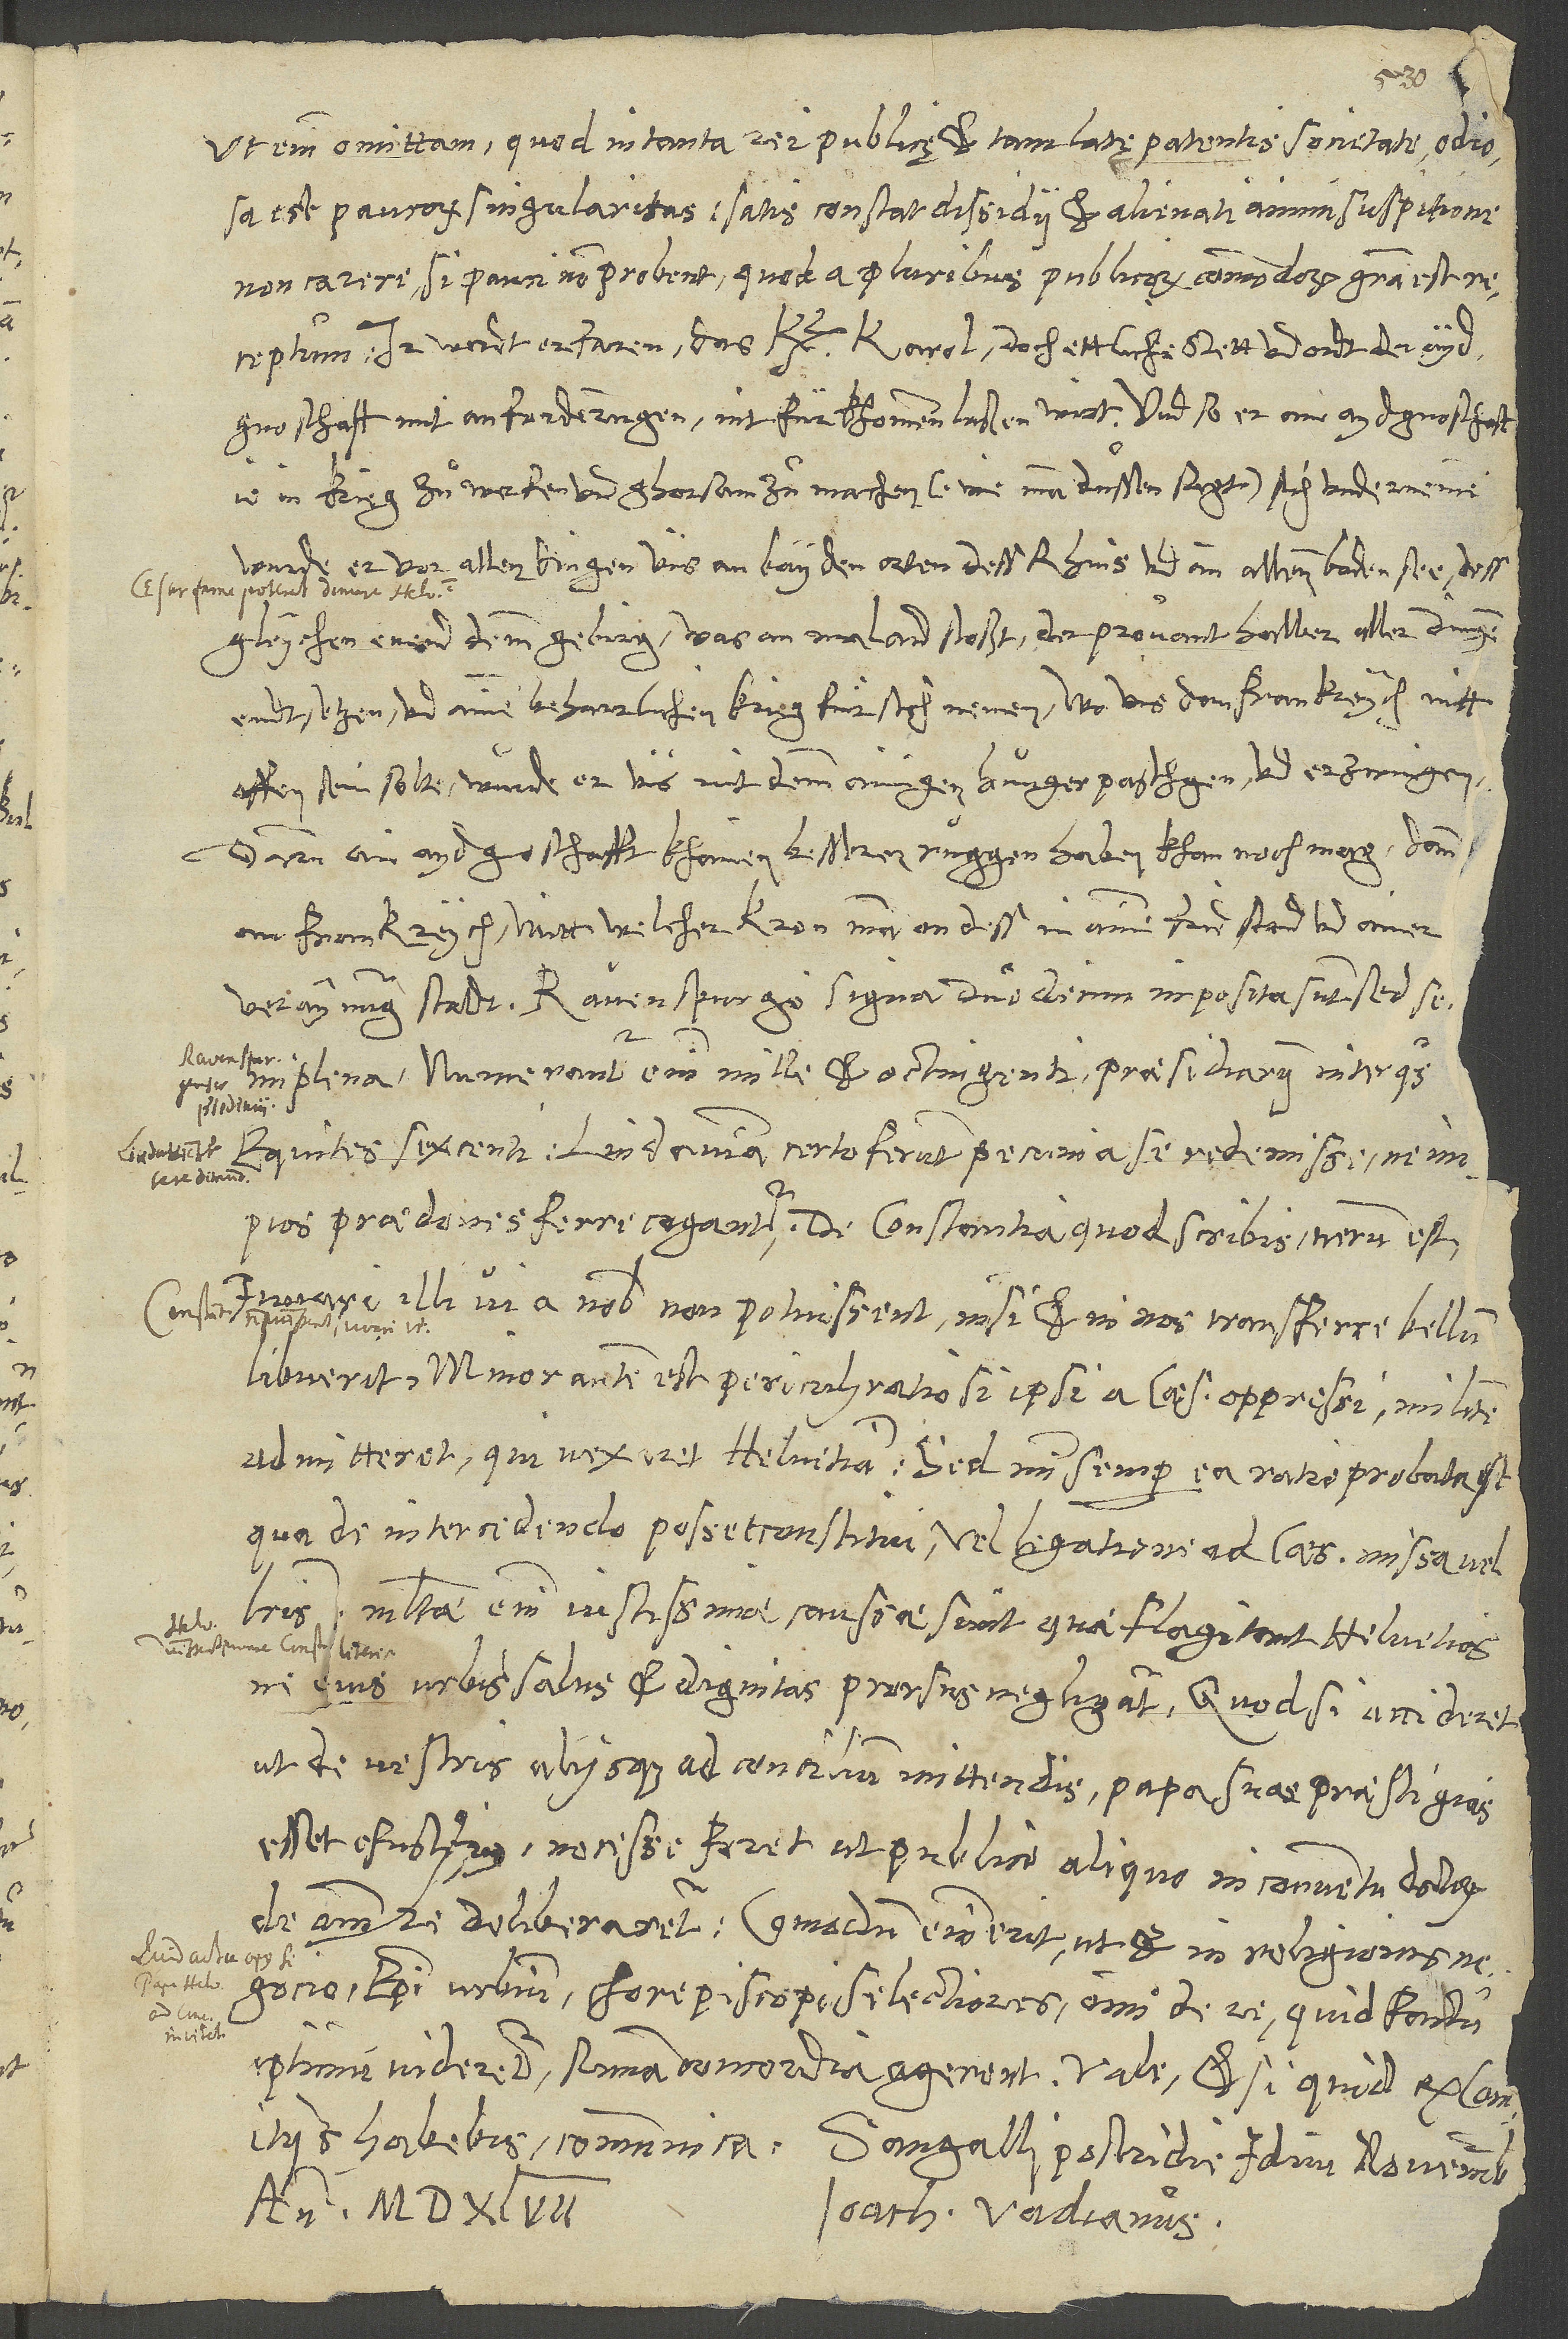
ut enim omittam, quod in tanta rei publicę et tam latę patentis societate odiosa
est paucorum singularitas (satis constat dissidii et alienati animi suspitione
non carere, si pauci non probent, quod a pluribus publicorum commodorum gratia est
receptum). Ir werdt erfaren, das kayser Karol doch ettliche stett und ordt der
aydgnoschaft mit anforderungen nit fürkhommen laßen wirt, und so er ain aydgnoschaft
ie in krieg zuͦ werfen und ghorsam zuͦ machen (wie man dussen sagt) sich underneme,
wurde er vor allen dingen uns an bayden orten dess Rhins und an allemm Bodensee,
dessgleychen enend dem gebirg, was an Maland stoßt, der provant halber aller dingen
endtsetzen und ainen beharrlichen krieg für sich nemen. Wo uns dan Frankreych nitt
offen sein solte, wurde er uns mit demm ainigen hunger paschgen und erzwingen.
Darum ain aydgnoschafft khainen besseren ruggen haben khan noch mag dann
Frankreych, mitt welcher kron man on dess in ainem fridstand und ainer
semiplena: Numerantur enim mille et octingenti praesidiarii, inter quos
S.
equites sexcenti. Lindaviam certo ferunt pecunia se redemisse, ne impios
Iuvari illi vi a nobis non potuissent, nisi et in nos transferre bellum
libuerit. Minor autem est periculi ratio, si ipsi a caesare oppressi militem
admitterent, qui vexaret Helvetiam. Sed mihi semper ea ratio probata est,
qua de intercedendo posset constitui, vel legatione ad caesarem missa vel
literis. Multae enim iustissimae caussae sunt, quae flagitant Helvetios,
ut de vestris aliisque ad concilium mittendis papa suas praestigias
esset efusurus, necesse foret, ut publice aliquo in conventu doctorum
de omni re deliberaretur. Commodum enim erit, ut et in religionis
negocio episcopi urbium, chorepiscopi selectiores, omni de re, quid factu
comitiis habebis, communica. Sangalli, postridie iduum novembrium
anno 1547.
Ioach. Vadianus.